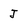
Character: J